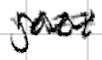
Text: jazz
Cross-out: zig-zag
Writing tool: digital_black